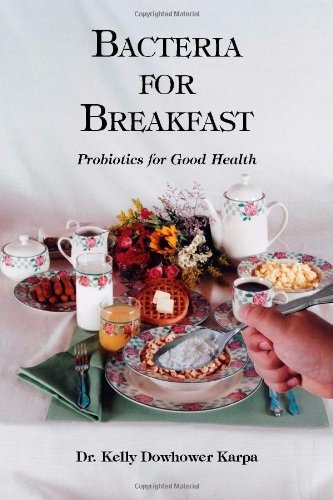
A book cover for Bacteria for Breakfast: Probiotics for Good Health; Kelly Dowhower Karpa; Health, Fitness & Dieting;